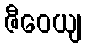
ဇီဝေယျ